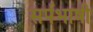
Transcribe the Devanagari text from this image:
सर्पभाषी